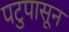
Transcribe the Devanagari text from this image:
पटुपासून